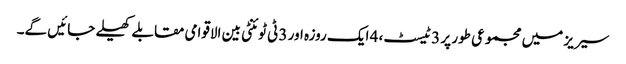
سیریز میں مجموعی طور پر 3 ٹیسٹ، 4 ایک روزہ اور 3 ٹی ٹوئنٹی بین الاقوامی مقابلے کھیلے جائیں گے۔